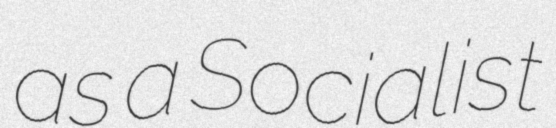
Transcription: as a Socialist